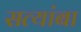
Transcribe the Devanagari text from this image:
सत्यांबा